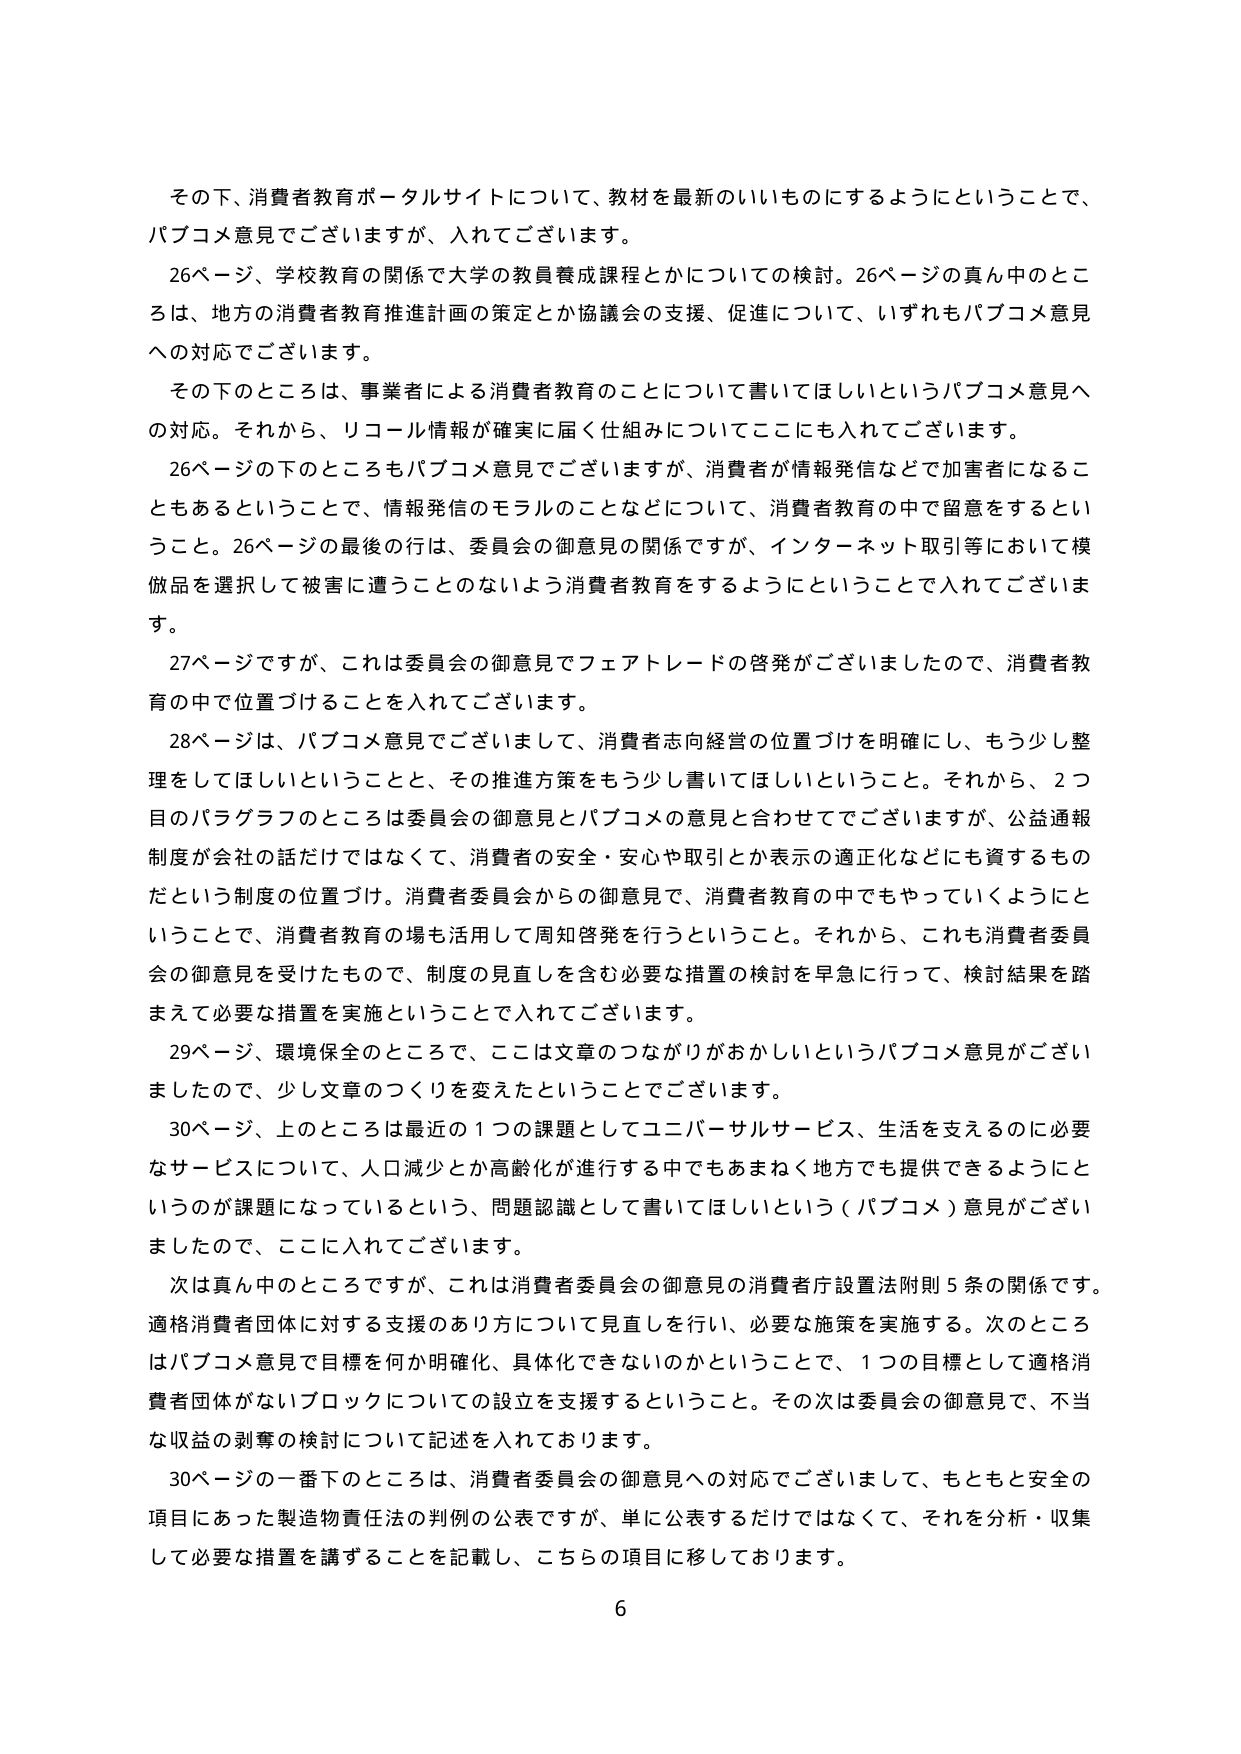
その下、消費者教育ポータルサイトについて、教材を最新のいいものにするようにということで、
パブコメ意見でございますが、入れてございます。
26ページ、学校教育の関係で大学の教員養成課程とかについての検討。26ページの真ん中のところは、地方の消費者教育推進計画の策定とか協議会の支援、促進について、いずれもパブコメ意見への対応でございます。
その下のところは、事業者による消費者教育のことについて書いてほしいというパブコメ意見への対応。それから、リコール情報が確実に届く仕組みについてここにも入れてございます。
26ページの下のところもパブコメ意見でございますが、消費者が情報発信などで加害者になることもあるということで、情報発信のモラルのことなどについて、消費者教育の中で留意をすること。26ページの最後の行は、委員会の御意見の関係ですが、インターネット取引等において模倣品を選択して被害に遭うことのないよう消費者教育をするようにということで入れてございます。
27ページですが、これは委員会の御意見でフェアトレードの啓発がございましたので、消費者教育の中で位置づけることを入れてございます。
28ページは、パブコメ意見でございまして、消費者志向経営の位置づけを明確にし、もう少し整理をしてほしいということと、その推進方策をもう少し書いてほしいということ。それから、2つ目のパラグラフのところは委員会の御意見とパブコメの意見と合わせてでございますが、公益通報制度が会社の話だけではなくて、消費者の安全・安心や取引とか表示の適正化などにも資するものだという制度の位置づけ。消費者委員会からの御意見で、消費者教育の中でもやっていくようにということで、消費者教育の場も活用して周知啓発を行うということ。それから、これも消費者委員会の御意見を受けたもので、制度の見直しを含む必要な措置の検討を早急に行って、検討結果を踏まえて必要な措置を実施ということで入れてございます。
29ページ、環境保全のところで、ここは文章のつながりがおかしいというパブコメ意見がございましたので、少し文章のつくりを変えたということでございます。
30ページ、上のところは最近の1つの課題としてユニバーサルサービス、生活を支えるのに必要なサービスについて、人口減少とか高齢化が進行する中でもあまねく地方でも提供できるようにというのが課題になっているという、問題認識として書いてほしいという（パブコメ）意見がございましたので、ここに入れてございます。
次は真ん中のところですが、これは消費者委員会の御意見の消費者庁設置法附則5条の関係です。適格消費者団体に対する支援のあり方について見直しを行い、必要な施策を実施する。次のところはパブコメ意見で目標を何か明確化、具体化できないのかということで、1つの目標として適格消費者団体がないブロックについての設立を支援すること。その次は委員会の御意見で、不当な収益の剥奪の検討について記述を入れております。
30ページの一番下のところは、消費者委員会の御意見への対応でございまして、もともと安全の項目にあった製造物責任法の判例の公表ですが、単に公表するだけではなくて、それを分析・収集して必要な措置を講ずることを記載し、こちらの項目に移しております。
6